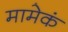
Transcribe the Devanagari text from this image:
मामेकं